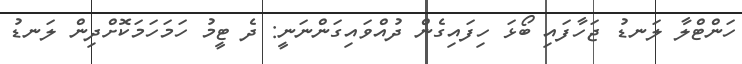
ހަންޓްލާ ލަނޑު ޖަހާފައި ބޯޅަ ހިފައިގެން ދުއްވައިގަންނަނީ: ދެ ޓީމު ހަމަހަމަކޮށްދިން ލަނޑު